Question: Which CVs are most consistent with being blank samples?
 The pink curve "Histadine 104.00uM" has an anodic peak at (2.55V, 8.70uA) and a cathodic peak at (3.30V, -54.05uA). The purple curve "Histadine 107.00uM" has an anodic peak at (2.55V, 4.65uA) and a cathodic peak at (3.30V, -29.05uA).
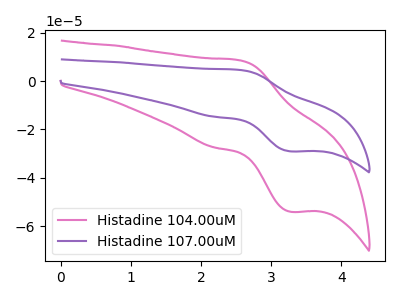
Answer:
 <answer>There are not any CV's on this graph that are likely to be blanks.</answer>
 <eval>none</eval>